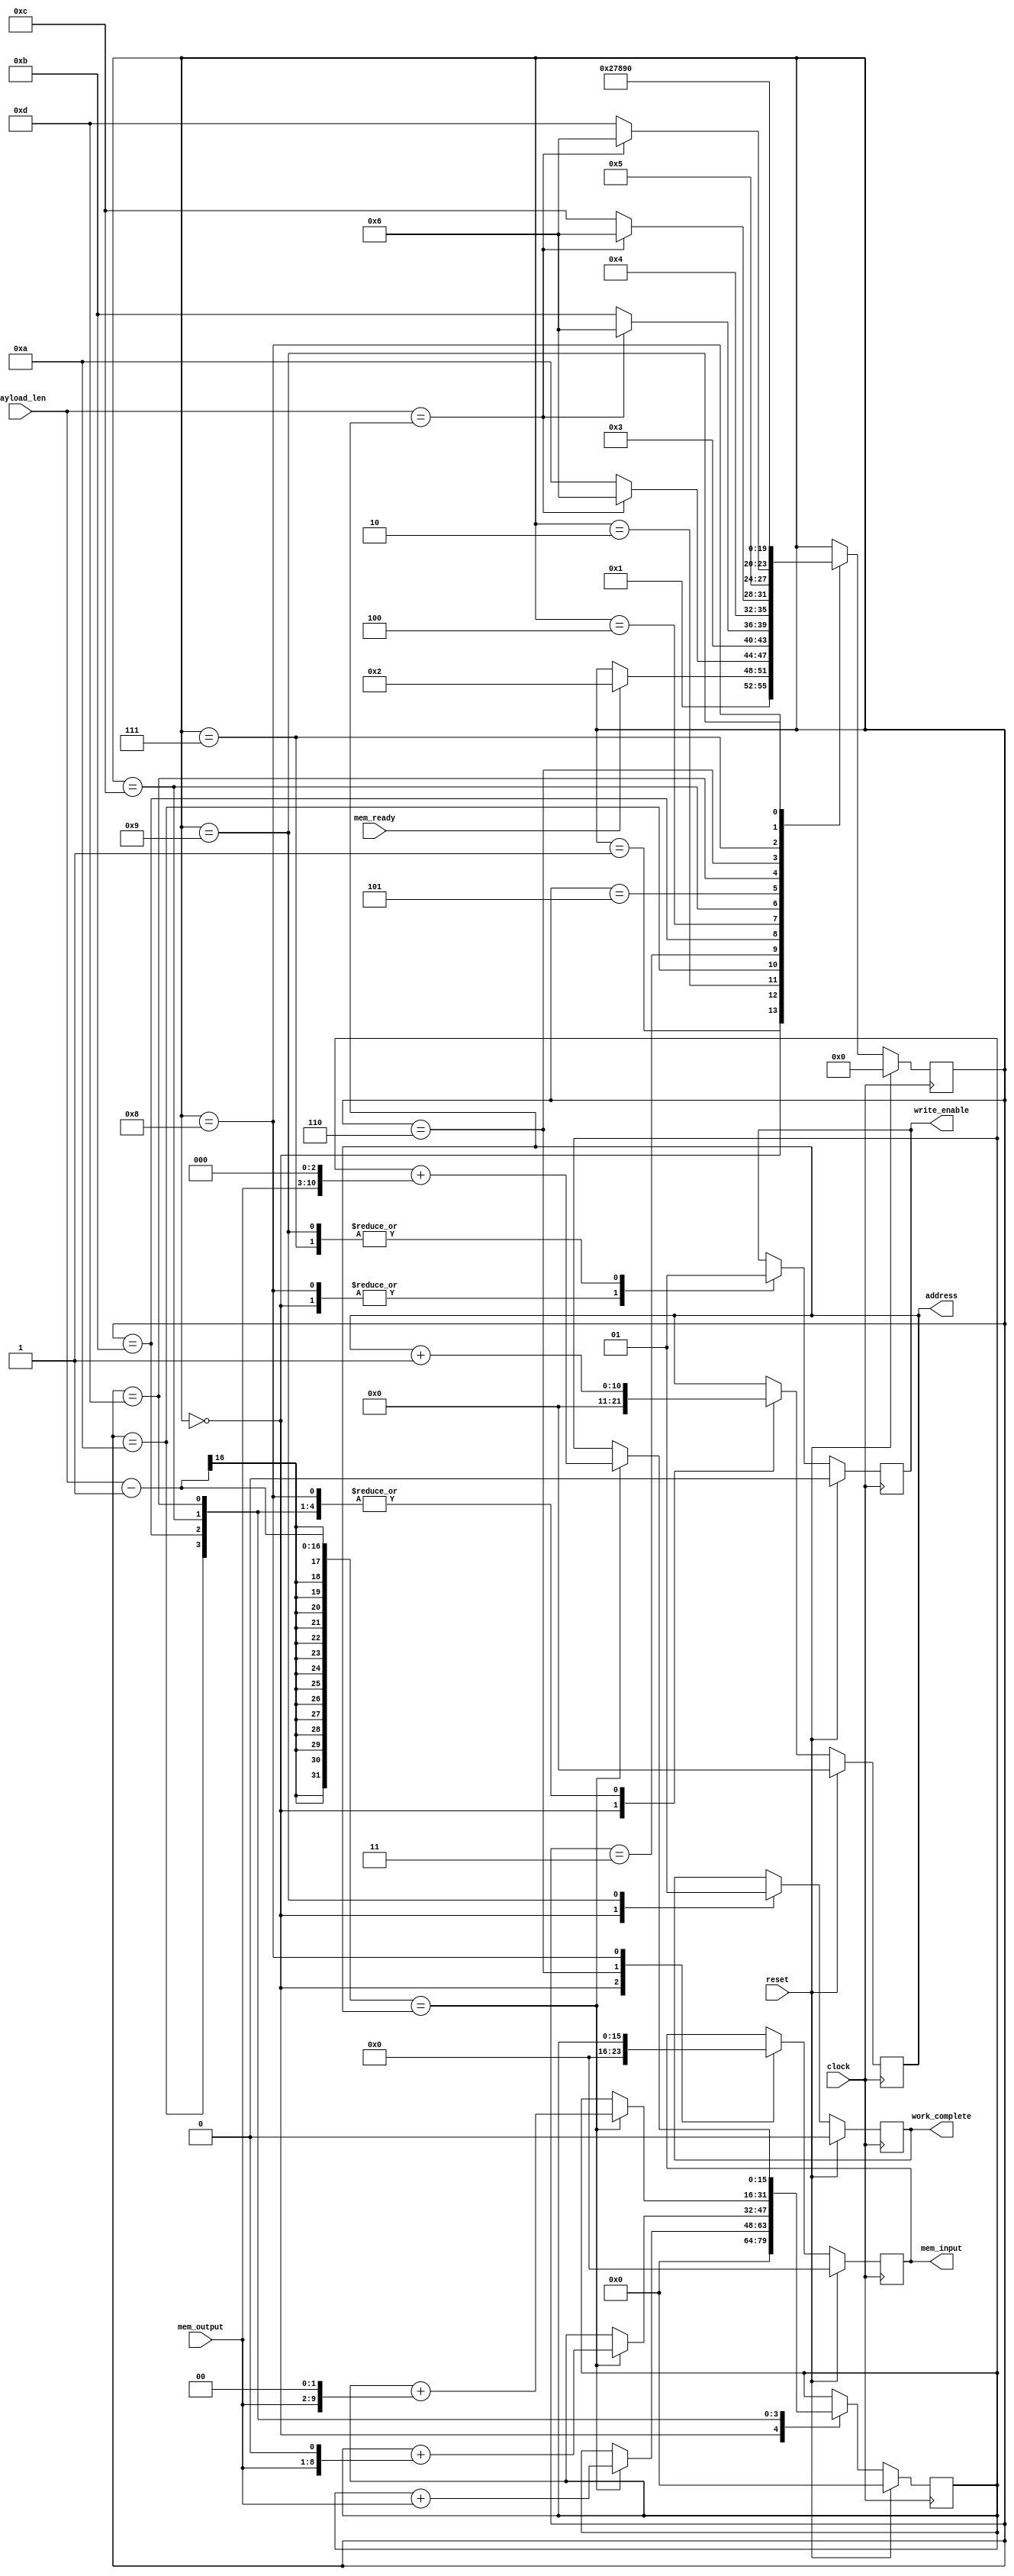
module scs
	#(
		parameter RAM_WIDTH 		= 8,
		parameter RAM_ADDR_BITS 	= 11
		// // parameter DATA_FILE 		= "data_file.txt",
		// parameter INIT_START_ADDR 	= 0,
		// parameter INIT_END_ADDR		= 10
	)
	
	(
	input                   reset,
	input							mem_ready,
	output reg                work_complete,
	input							clock,
	output reg						write_enable,
   output reg		[RAM_ADDR_BITS-1:0]	address,
   input 		[RAM_WIDTH-1:0] 	mem_output,
	output reg 	[RAM_WIDTH-1:0] 	mem_input,
	input     	[15:0] payload_len
	);

	reg	[15:0] scs_out;
	
	wire  last_byte;
	wire  pre_last_byte;

	localparam    RESET     = 0;
	localparam	  READY     = 1;
	localparam    STEP1 		= 2;
	localparam    STEP2 		= 3;
	localparam    STEP3 		= 4;
	localparam    STEP4 		= 5;
	localparam    STEP1A 		= 10;
	localparam    STEP2A 		= 11;
	localparam    STEP3A 		= 12;
	localparam    STEP4A 		= 13;
	localparam    LOADA     = 6;
	localparam    LOADAA     = 7;
	localparam    LOADB     = 8;
	localparam    LOADBB     = 9;
	reg [3:0]     state;
	reg 			  mstate;

   //  The forllowing code is only necessary if you wish to initialize the RAM 
   //  contents via an external file (use $readmemb for binary data)
   // initial
      // $readmemh(DATA_FILE, ram_name, INIT_START_ADDR, INIT_END_ADDR);

   always @(posedge clock)
      if (reset) begin
      	state <= RESET;
      	mstate <= 0;
      	write_enable <= 0;
      	mem_input <= 0;
      	work_complete <= 0;
      	address <= 0;
      	scs_out <= 0;
      end else begin
	      	case (state)
	      		RESET: begin
	      			address <= 0;
	      			scs_out <= 0;
	      			work_complete <= 0;
	      			state <= READY;
	      			mem_input <= 0;
	      			write_enable <= 0;	      			
	      		end
	      		READY: begin
	      			if (mem_ready) begin
	      				state <= STEP1;
	      			end
	      		end
	      		STEP1: begin
	      			state <= last_byte ? LOADA : STEP1A;
	      		end
	      		STEP1A: begin
	      			if (pre_last_byte)
	      				scs_out <= scs_out + mem_output;
	      			address <= address + 1;
	      			state <= STEP2;
	      		end
	      		STEP2: begin
	      			state <= last_byte ? LOADA : STEP2A;
	      		end
	      		STEP2A: begin
	      			if (pre_last_byte)
	      				scs_out <= scs_out + {mem_output, 1'b0};
	      			address <= address + 1;
	      			state <= STEP3;
	      		end
	      		STEP3: begin
	      			state <= last_byte ? LOADA : STEP3A;
	      		end
	      		STEP3A: begin
	      			if (pre_last_byte)
	      				scs_out <= scs_out + {mem_output, 2'b0};
	      			address <= address + 1;
	      			state <= STEP4;
	      		end
	      		STEP4: begin
	      			state <= last_byte ? LOADA : STEP4A;
	      		end
	      		STEP4A: begin
	      			if (pre_last_byte)
	      				scs_out <= scs_out + {mem_output, 3'b0};
	      			address <= address + 1;
	      			state <= STEP1;
	      		end
	      		LOADA: begin
	      			mem_input <= scs_out[15:8];
	      			// address <= address + 1;
	      			state <= LOADAA;
	      		end
	      		LOADAA: begin
	      			write_enable <= 1;
	      			state <= LOADB;
	      		end
	      		LOADB: begin
	      			address <= address + 1;
	      			mem_input <= scs_out[7:0];
	      			write_enable <= 0;
	      			state <= LOADBB;
	      		end
	      		LOADBB: begin
	      			// address <= address + 1;
	      			write_enable <= 1;
	      			work_complete <= 1;
	      			state <= RESET;
	      		end
	      	endcase
      end

assign last_byte = payload_len == address;
assign pre_last_byte = (payload_len-1) == address;

endmodule